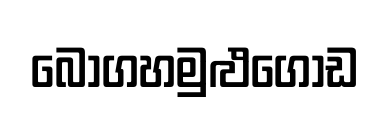
බෝගහමුළුගොඩ